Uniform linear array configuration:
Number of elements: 32
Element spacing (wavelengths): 0.75
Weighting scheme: hann
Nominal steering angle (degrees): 0
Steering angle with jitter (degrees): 1.783
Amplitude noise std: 0.05
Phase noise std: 0.05

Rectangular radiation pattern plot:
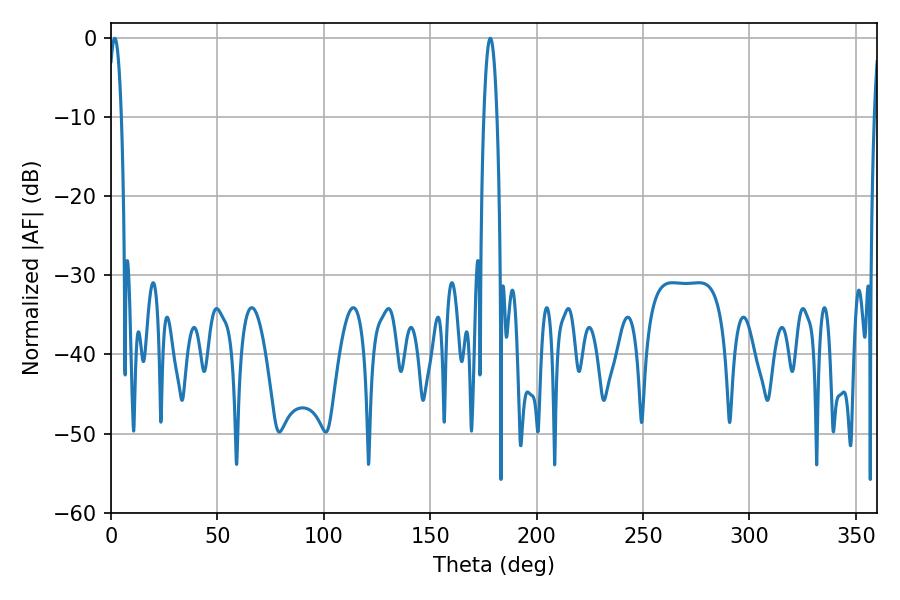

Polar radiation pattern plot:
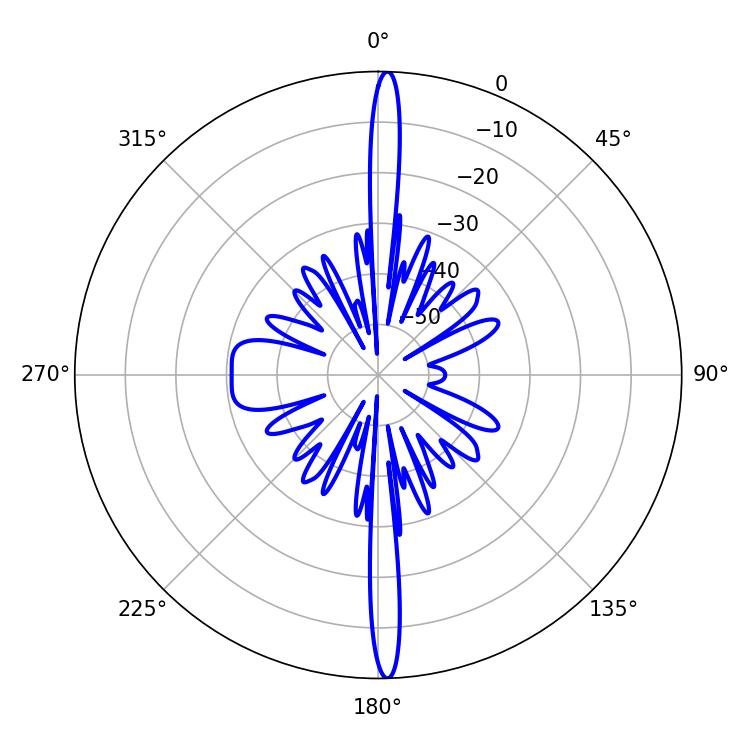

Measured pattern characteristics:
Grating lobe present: TRUE
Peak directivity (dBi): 27.384
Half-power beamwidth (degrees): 3.42
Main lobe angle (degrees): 1.8